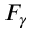
F _ { \gamma }